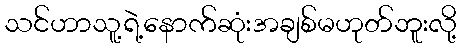
သင်ဟာသူ့ရဲ့နောက်ဆုံးအချစ်မဟုတ်ဘူးလို့